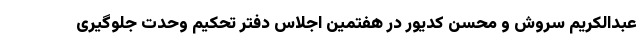
عبدالکریم سروش و محسن کدیور در هفتمین اجلاس دفتر تحکیم وحدت جلوگیری